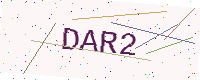
Text: DAR2